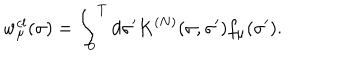
w _ { \mu } ^ { c l } ( \sigma ) = \int _ { 0 } ^ { T } d \sigma ^ { \prime } K ^ { ( N ) } ( \sigma , \sigma ^ { \prime } ) f _ { \mu } ( \sigma ^ { \prime } ) .